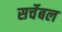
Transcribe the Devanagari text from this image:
सर्चेबल